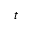
t